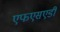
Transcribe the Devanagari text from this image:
एफएसएडी